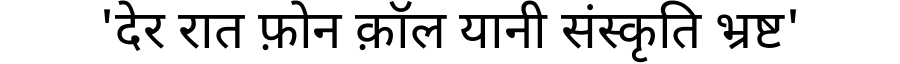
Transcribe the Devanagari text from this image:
'देर रात फ़ोन क़ॉल यानी संस्कृति भ्रष्ट'